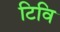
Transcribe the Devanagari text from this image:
टिवि